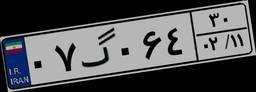
۲۴گ۹۳۷۳۰